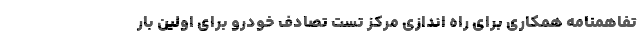
تفاهمنامه همکاری برای راه اندازی مرکز تست تصادف خودرو برای اولین بار